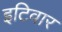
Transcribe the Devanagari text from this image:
इटिवार